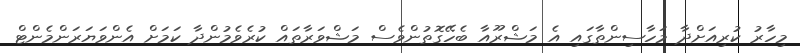
މިހާރު ކުރިއަށްދާ މަހާސިންތާގައި އެ މަޝްރޫއާ ބެހޭގޮތުންވެސް މަޝްވަރާތައް ކުރެވެމުންދާ ކަމަށް އެންވަޔަރަންމެންޓް